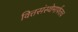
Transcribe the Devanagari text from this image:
वित्तसंस्थेमार्फतच